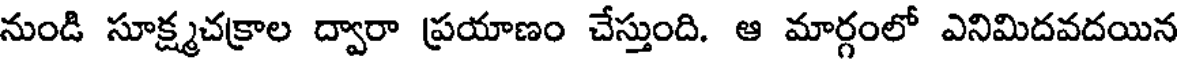
నుండి సూక్ష్మచక్రాల ద్వారా ప్రయాణం చేస్తుంది. ఆ మార్గంలో ఎనిమిదవదయిన